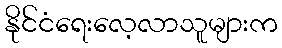
နိုင်ငံရေးလေ့လာသူများက